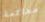
محاكمة